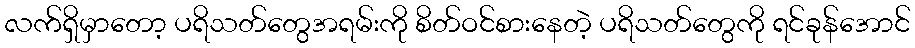
လက်ရှိမှာတော့ ပရိသတ်တွေအရမ်းကို စိတ်ဝင်စားနေတဲ့ ပရိသတ်တွေကို ရင်ခုန်အောင်